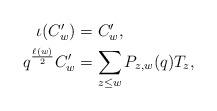
LaTeX: \begin{align*} \begin{aligned} \iota(C'_w)&=C'_w,\\ q^{\frac{\ell(w)}{2}}C'_w&=\sum_{z\leq w}P_{z,w}(q)T_z, \end{aligned} \end{align*}